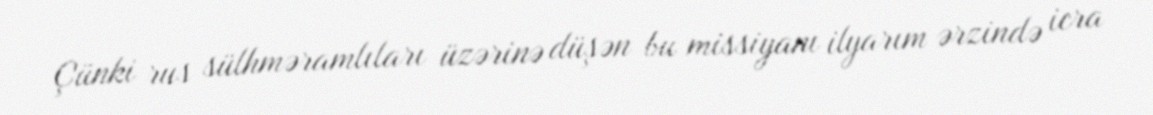
Çünki rus sülhməramlıları üzərinə düşən bu missiyanı ilyarım ərzində icra